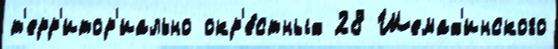
т'ерр'итор'иально окр'е́стных 28 Шемах'инского